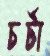
চর্টা